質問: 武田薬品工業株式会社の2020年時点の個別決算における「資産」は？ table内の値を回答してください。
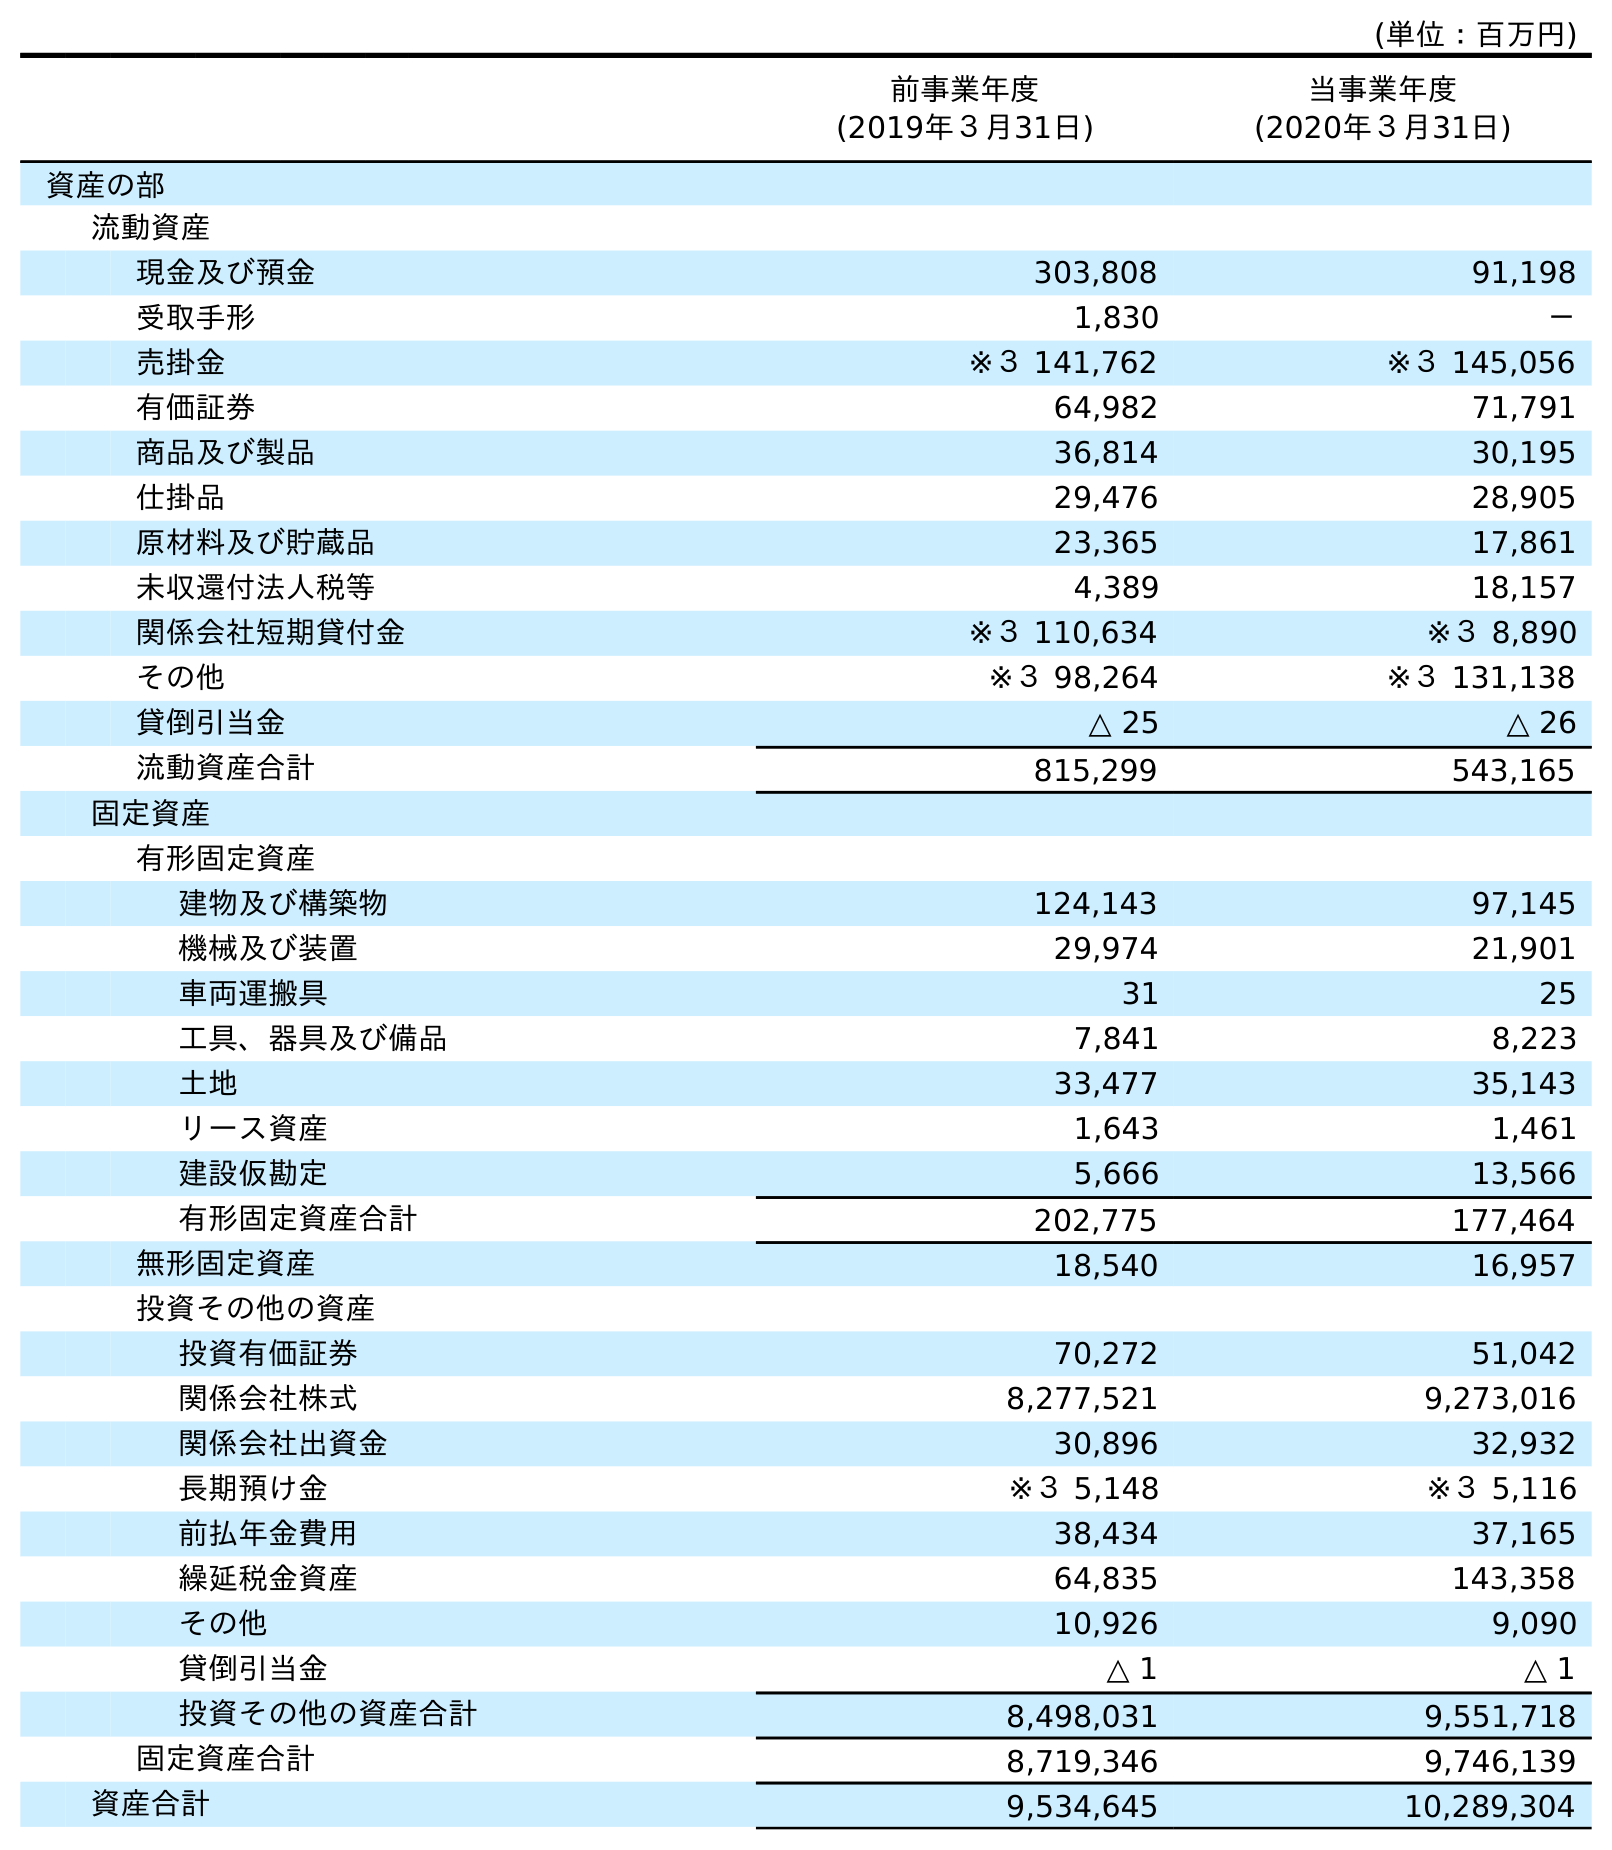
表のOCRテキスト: (単位：百万円) 前事業年度 (2019年３月31日) 当事業年度 (2020年３月31日) 資産の部 流動資産 現金及び預金 303,808 91,198 受取手形 1,830 － 売掛金 ※３ 141,762 ※３ 145,056 有価証券 64,982 71,791 商品及び製品 36,814 30,195 仕掛品 29,476 28,905 原材料及び貯蔵品 23,365 17,861 未収還付法人税等 4,389 18,157 関係会社短期貸付金 ※３ 110,634 ※３ 8,890 その他 ※３ 98,264 ※３ 131,138 貸倒引当金 △ 25 △ 26 流動資産合計 815,299 543,165 固定資産 有形固定資産 建物及び構築物 124,143 97,145 機械及び装置 29,974 21,901 車両運搬具 31 25 工具、器具及び備品 7,841 8,223 土地 33,477 35,143 リース資産 1,643 1,461 建設仮勘定 5,666 13,566 有形固定資産合計 202,775 177,464 無形固定資産 18,540 16,957 投資その他の資産 投資有価証券 70,272 51,042 関係会社株式 8,277,521 9,273,016 関係会社出資金 30,896 32,932 長期預け金 ※３ 5,148 ※３ 5,116 前払年金費用 38,434 37,165 繰延税金資産 64,835 143,358 その他 10,926 9,090 貸倒引当金 △ 1 △ 1 投資その他の資産合計 8,498,031 9,551,718 固定資産合計 8,719,346 9,746,139 資産合計 9,534,645 10,289,304
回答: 10,289,304